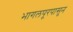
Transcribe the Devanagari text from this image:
भागलपूरपासून